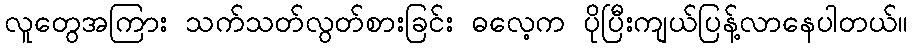
လူတွေအကြား သက်သတ်လွတ်စားခြင်း ဓလေ့က ပိုပြီးကျယ်ပြန့်လာနေပါတယ်။